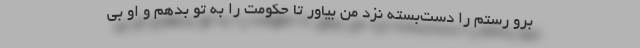
برو رستم را دست‌بسته نزد من بیاور تا حکومت را به تو بدهم و او بی‌